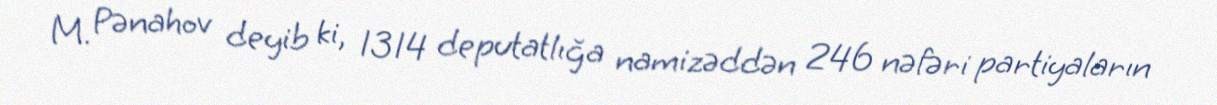
M. Pənahov deyib ki, 1314 deputatlığa namizəddən 246 nəfəri partiyaların